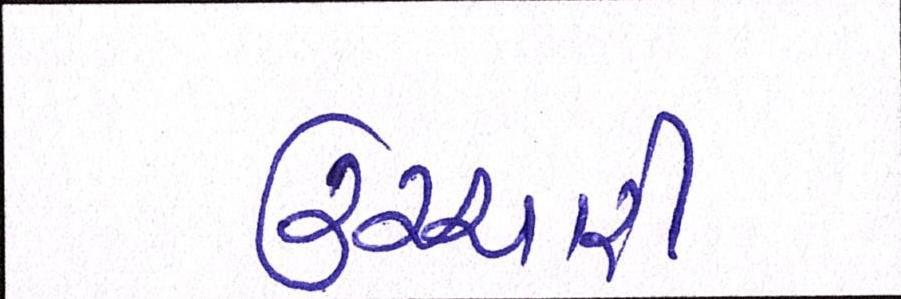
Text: ઉચ્ચારી